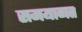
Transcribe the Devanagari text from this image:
समयागत